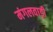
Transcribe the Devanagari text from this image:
मंगलवाड़ी